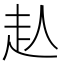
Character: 龪